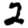
Digit: 2